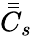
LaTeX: \bar{\bar{C}}_{s}